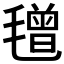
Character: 𣯿